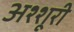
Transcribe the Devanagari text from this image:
अश्शूरी